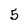
Character: 5